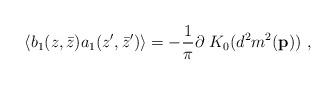
LaTeX: \begin{align*}\langle b_1(z,\bar{z}) a_1(z',\bar{z}') \rangle=-{1 \over \pi} \partial ~K_0(d^2 m^2({\bf p}))~,\end{align*}